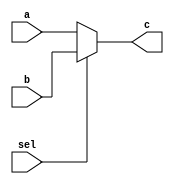
module mux_2to1_5bits(c,a,b,sel);
	input [4:0]a;
	input [4:0]b;
	input sel;
	output reg[4:0]c;

			
	always@(*)begin 
		if(sel==0)
			c=a;
		else if(sel==1)
			c=b;
		else c=5'hx;
	end
	
endmodule